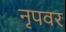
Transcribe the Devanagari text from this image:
नृपवर